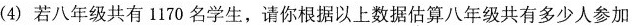
(4)若八年级共有1170名学生，请你根据以上数据估算八年级共有多少人参加